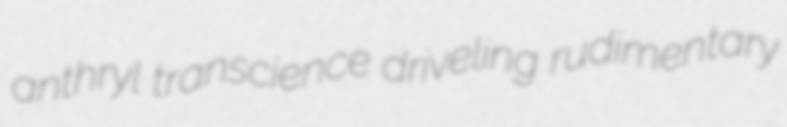
anthryl transcience driveling rudimentary